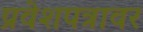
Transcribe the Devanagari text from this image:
प्रवेशपत्रावर